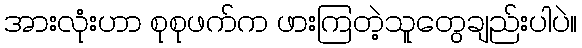
အားလုံးဟာ စုစုဖက်က ဖားကြတဲ့သူတွေချည်းပါပဲ။